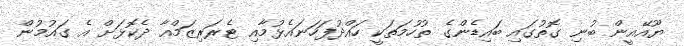
ޔޫއޭއީން ބުނި ގޮތުގައި ބައިޑެންގެ ތުހުމަތަކީ ހައްދުފަހަނައެޅުމާއި ޓެރަރިޒަމްއާ ދެކޮޅަށް އެ ގައުމުން